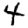
Digit: 4